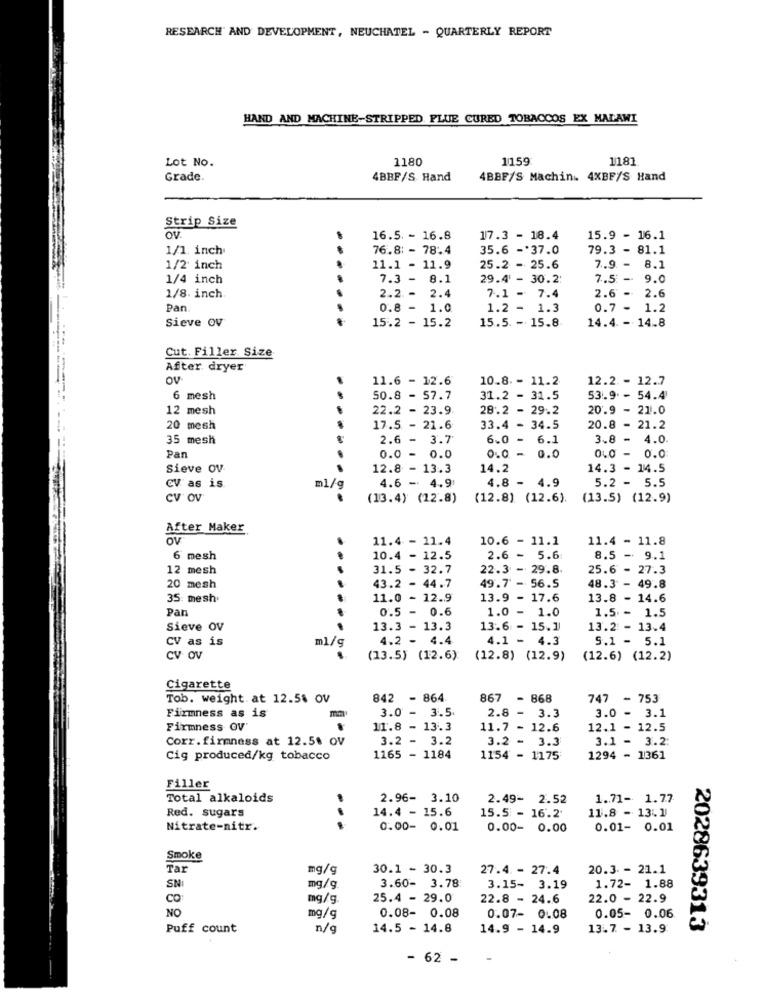
RESEARCH AND DEVELOPMENT, NEUCHATEL - QUARTERLY REPORT
HAND AND MACHINE-STRIPPED FLUE CURED TOBACCOS EX MALAWI
Lot No.
1180
1159
1181
Grade.
4BBF/S. Hand
4BBF/S Machin. 4XBF/S Hand
Strip Size
ov.
16.5. - 16.8
17.3 - 18.4
15.9 - 16.1
1/1 inch
76.8: - 78.4
35.6 - 37.0
79.3 - 81.1
1/2 inch
11.1 - 11.9
25.2 - 25.6
7.9 -
8.1
1/4 inch
7.3 - 8.1
29.4 - 30.2:
7.5 - 9.0
2.4
2.6
1/8. inch
2.2. -
7.1 - 7.4
2.6
Pan
0.8
- 1.0
1.2 - 1.3
0.7.
1.2
Sieve OV
15.2 - 15.2
15.5. - 15.8
14.4. - 14.8
Cut. Filler Size
After dryer
Ov
11.6 - 12.6
10.8. - 11.2
12.2 - 12.7
6 mesh
50.8 - 57.7
31.2 - 31.5
53.9. - 54.4
12 mesh
22.2 - 23.9
28.2 - 29.2
20.9 - 21.0
20 mesh
17.5 - 21.6
33.4 - 34.5
20.8 - 21.2
35 mesh
2.6
3.7
6.0 - 6.1
3.8
4.0
0.0
Pan
0.0 - 0.0
0.0 -
- 0.0
Sieve OV
12.8 - 13.3
14.2
14.3 - 14.5
4.8 - 4.9
5.2 - 5.5
CV as is.
m1/g
4.6 - 4.9
CV OV
(13.4) (12.8)
(12.8) (12.6).
(13.5) (12.9)
After Maker
Ov
11.4 - 11.4
10.6 - 11.1
11.4 - 11.8
6 mesh
10.4 - 12.5
2.6 - 5.6
8.5 - 9.1
12 mesh
31.5 - 32.7
22.3 - 29.8.
25.6 - 27.3
43.2 - 44.7
49.7 - 56.5
20 mesh
48.3 - 49.8
35: mesh
11.0 - 12.9
13.9 - 17.6
13.8
- 14.6
Pan
0.5
-
1.5 - 1.5
1.0 - 1.0
Sieve OV
13.3 - 13.3
13.6 - 15.1
13.2 - 13.4
CV as is
4.2 - 4.4
4.1 - 4.3
5.1 - 5.1
ml/s
CV OV
(13.5) (12.6)
(12.8) (12.9)
(12.6) (12.2)
Cigarette
Tob. weight. at 12.58 OV
842 - 864
867 - 868
747 - 753
Firmness as is
3.0
2.8 - 3.3
3.0 - 3.1
Firmness OV
11.8
- 13.3
11.7 - 12.6
12.1 - 12.5
Corr.firmness at 12.5% OV
3.2 - 3.2
3.2 - 3.3
3.1 - 3.2:
Cig produced/kg tobacco
1165 - 1184
1154 - 1175
1294 - 1361
Filler
Total alkaloids
2.96- 3.10
2.49- 2.52
1.71- 1.77
Red. sugars
14.4 - 15.6
11.8 - 13.1
15.5 - 16.2'
Nitrate-nitr.
0.00- 0.01
0.00- 0.00
0.01- 0.01
Smoke
Tar
mg/g
30.1 - 30.3
27.4 - 27.4
20.3 - 21.1
3.60- 3.78
SNI
mg/g
3.15- 3.19
1.72- 1.88
CO:
mg/g
25.4 - 29.0
22.8 - 24.6
22.0 - 22.9
NO
0.08- 0.08
mg/g
0.07- 0.08
0.05- 0.06
Puff count
n/c
14.5 - 14.8
14.9 - 14.9
13.7 - 13.9
2028639313
- 62 -